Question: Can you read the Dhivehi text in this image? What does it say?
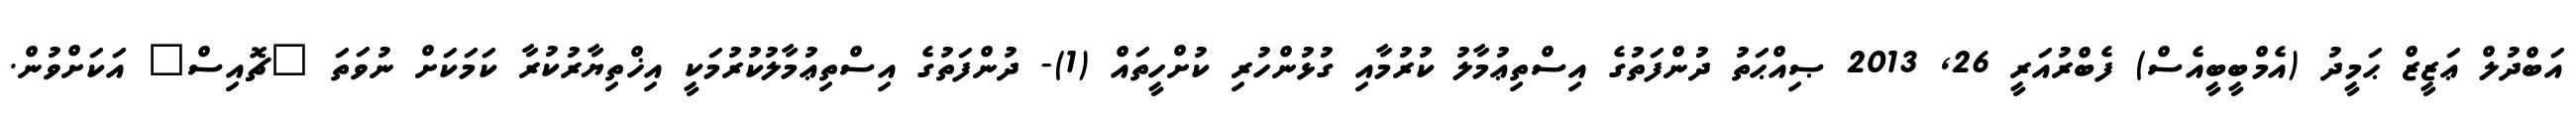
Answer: އަބްދުލް ޢަޒީޒް ޙަމީދު (އެމްބީބީއެސް) ފެބްރުއަރީ 26, 2013 ޞިއްޙަތު ދުންފަތުގެ އިސްތިޢުމާލު ކުރުމާއި ގުޅުންހުރި ކުށްހީތައް (1)- ދުންފަތުގެ އިސްތިޢުމާލުކުރުމަކީ އިޚްތިޔާރުކުރާ ކަމަކަށް ނުވަތަ "ޗޮއިސް" އަކަށްވުން.